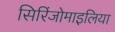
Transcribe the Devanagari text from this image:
सिरिंजोमाइलिया